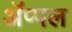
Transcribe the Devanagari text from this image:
ॲप्पल